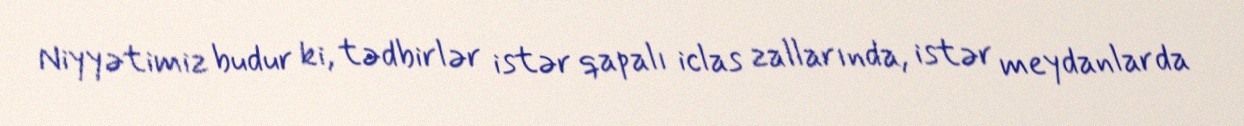
Niyyətimiz budur ki, tədbirlər istər qapalı iclas zallarında, istər meydanlarda